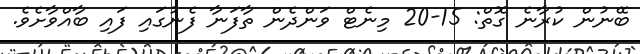
ބޭނުން ކުރާނެ ގޮތް: 15-20 މިނެޓް ވަންދެން ތާފަނާ ފެނުގައި ފައި ބާއްވާށެވެ.